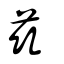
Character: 兹